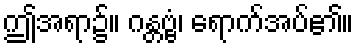
ဤအရာ၌။ ဂန္တဗ္ဗံ၊ ရောက်အပ်၏။